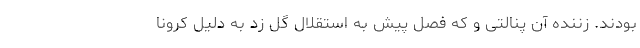
بودند. زننده آن پنالتی و که فصل پیش به استقلال گل زد به دلیل کرونا